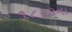
૧૮૨૩ના